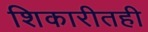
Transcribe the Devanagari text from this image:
शिकारीतही